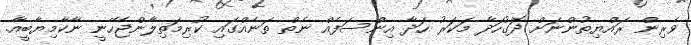
ވެރިން ރައްޔިތުންނަށް ދޮގުހަދާ މަކަރު ހަދާ އިންސަފެއް ނެތް ތަނެއްގައި ކުރިމަތިލާންޖެހޭނީ ނާކާމިޔާބީއާ.